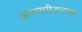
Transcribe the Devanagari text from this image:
आत्मपीडनाचा